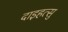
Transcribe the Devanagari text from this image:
दाइहत्सु